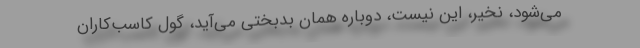
می‌شود، نخیر، این نیست، دوباره همان بدبختی می‌آید، گول کاسب‌کاران